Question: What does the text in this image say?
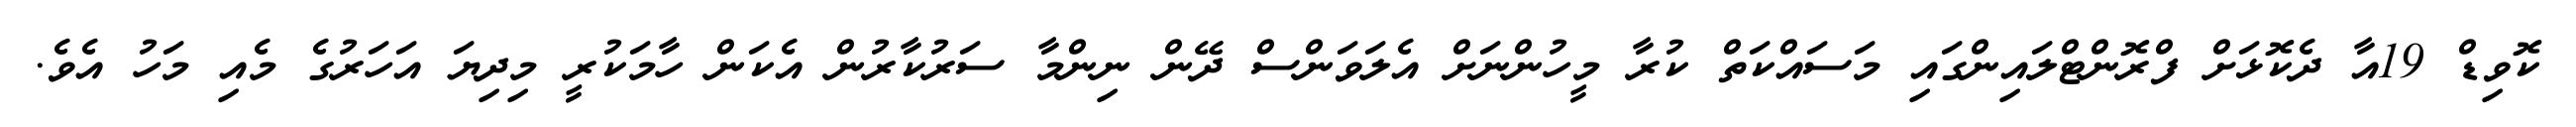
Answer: ކޮވިޑް 19އާ ދެކޮޅަށް ފްރޮންޓްލައިންގައި މަސައްކަތް ކުރާ މީހުންނަށް އެލަވަންސް ދޭން ނިންމާ ސަރުކާރުން އެކަން ހާމަކުރީ މިދިޔަ އަހަރުގެ މެއި މަހު އެވެ.